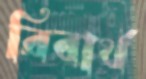
রিবার্থ